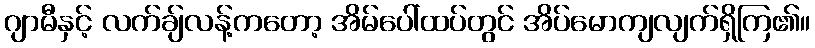
ဂျာမီနှင့် လက်ချ်လန့်ကတော့ အိမ်ပေါ်ထပ်တွင် အိပ်မောကျလျက်ရှိကြ၏။